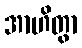
အာဟိတွာ